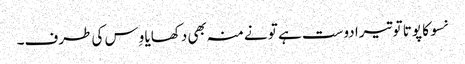
نسو کا پوتا تو تیرا دوست ہے تو نے منہ بھی دکھایا وِس کی طرف۔